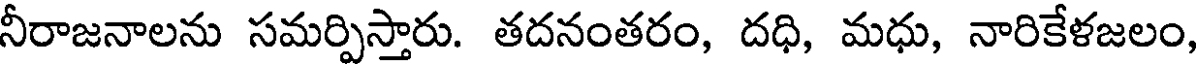
నీరాజనాలను సమర్పిస్తారు. తదనంతరం, దధి, మధు, నారికేళజలం,